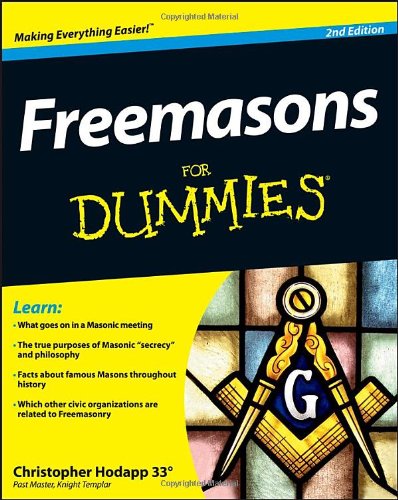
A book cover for Freemasons For Dummies; Christopher Hodapp; Religion & Spirituality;